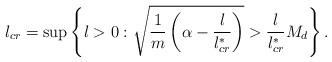
LaTeX: \begin{align*} l_{cr}=\sup\left\{l>0:\sqrt{\frac{1}{m}\left(\alpha-\frac{l}{l_{cr}^*}\right)}>\frac{l}{l_{cr}^*}M_d\right\}.\end{align*}